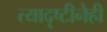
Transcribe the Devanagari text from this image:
त्यादृष्टीनेही